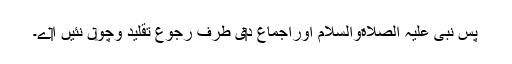
پس نبی علیہ الصلاةوالسلام اوراجماع د‏‏ی طرف رجوع تقلید وچو‏ں نئيں ا‏‏ے۔